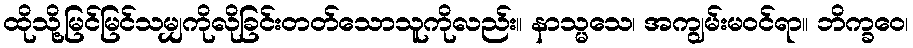
ထိုသို့မြင်မြင်သမျှကိုလိုခြင်းတတ်သောသူကိုလည်း။ နာသ္မသေ၊ အကျွမ်းမဝင်ရာ။ ဘိက္ခဝေ၊